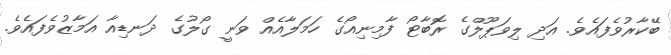
ބޭކާރުވެފައެވެ. އަދި ލިވަޕޫލްގެ ރޮބާޓޯ ފާމިނިއޯގެ ހަމަލާއެއް ވަނީ ގޯލުގެ ދަނޑިއާ އަމާޒުވެފައެވެ.